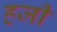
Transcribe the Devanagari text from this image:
हजी